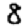
Digit: 8